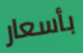
بأسعار